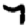
Digit: 7